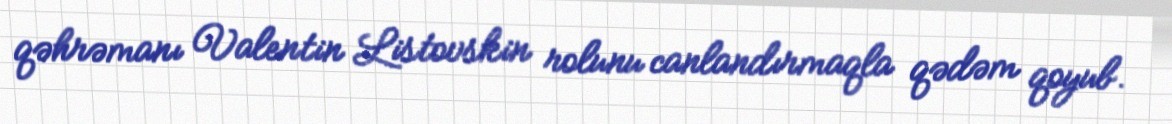
qəhrəmanı Valentin Listovskin rolunu canlandırmaqla qədəm qoyub.